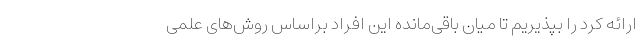
ارائه کرد را بپذیریم تا میان باقی‌مانده این افراد براساس روش‌های علمی